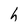
Character: h